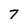
Character: 7